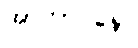
အာတာပိနော